Indian journal of veterinary science and animal husbandry - Volume 11,
Year: 1941
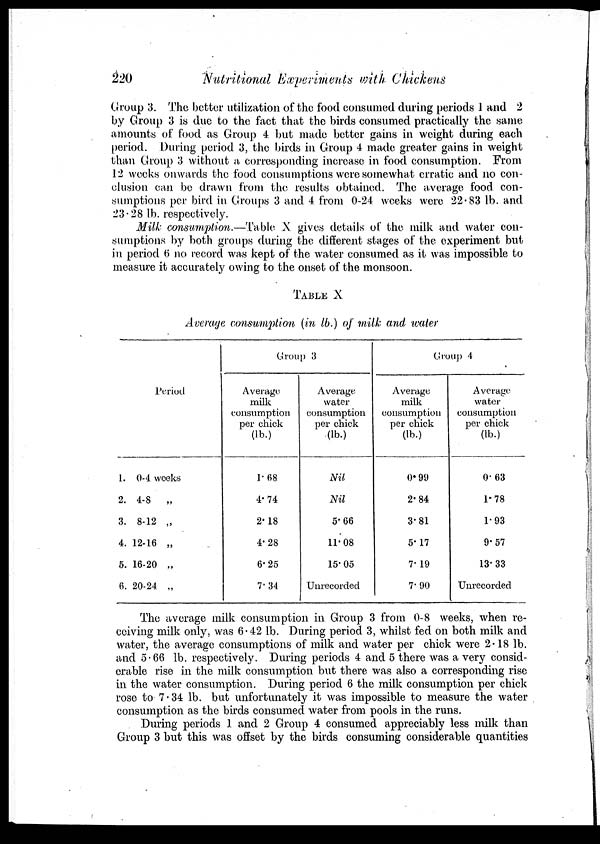
220
Nutritional Experiments with Chickens
Group 3. The better utilization of the food consumed during periods 1 and 2
by Group 3 is due to the fact that the birds consumed practically the same
amounts of food as Group 4 but made better gains in weight during each
period. During period 3, the birds in Group 4 made greater gains in weight
than Group 3 without a corresponding increase in food consumption. From
12 weeks onwards the food consumptions were somewhat erratic and no con-
clusion can be drawn from the results obtained. The average food con-
sumptions per bird in Groups 3 and 4 from 0-24 weeks were 22.83 lb. and
23.28 lb. respectively.
Milk consumption.—Table X gives details of the milk and water con-
sumptions by both groups during the different stages of the experiment but
in period 6 no record was kept of the water consumed as it was impossible to
measure it accurately owing to the onset of the monsoon.
TABLE X
Average consumption (in lb.) of milk and water
Period
1. 0-4 weeks
2. 4-8
„
3. 8-12 „
4. 12-16 „
5. 16-20 „
6. 20-24 „
Group 3
Average
milk
consumption
per chick
(lb.)
1.68
4.74
2.18
4.28
6.25
7.34
Average
water
consumption
per chick
(lb.)
Nil
Nil
5.66
11.08
15.05
Unrecorded
Group 4
Average
milk
consumption
per chick
(lb.)
0.99
2.84
3.81
5.17
7.19
7.90
Average
water
consumption
per chick
(lb.)
0.63
1.78
1.93
9.57
13.33
Unrecorded
The average milk consumption in Group 3 from 0-8 weeks, when re-
ceiving milk only, was 6.42 lb. During period 3, whilst fed on both milk and
water, the average consumptions of milk and water per chick were 2.18 lb.
and 5.66 lb. respectively. During periods 4 and 5 there was a very consid-
erable rise in the milk consumption but there was also a corresponding rise
in the water consumption. During period 6 the milk consumption per chick
rose to 7.34 lb. but unfortunately it was impossible to measure the water
consumption as the birds consumed water from pools in the runs.
During periods 1 and 2 Group 4 consumed appreciably less milk than
Group 3 but this was offset by the birds consuming considerable quantities